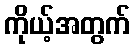
ကိုယ့်အတွက်